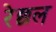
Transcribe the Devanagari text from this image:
रेछल